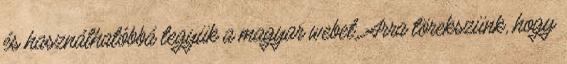
és használhatóbbá tegyük a magyar webet. Arra törekszünk, hogy